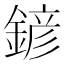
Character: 𨩱